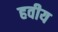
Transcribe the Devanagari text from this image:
हवीय